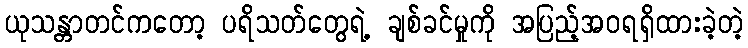
ယုသန္တာတင်ကတော့ ပရိသတ်တွေရဲ့ ချစ်ခင်မှုကို အပြည့်အဝရရှိထားခဲ့တဲ့